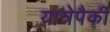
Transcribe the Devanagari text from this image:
यात्रेपैकी